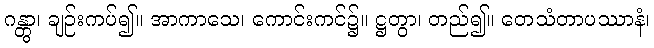
ဂန္တွာ၊ ချဉ်းကပ်၍။ အာကာသေ၊ ကောင်းကင်၌။ ဋ္ဌတွာ၊ တည်၍။ တေသံတာပဿာနံ၊